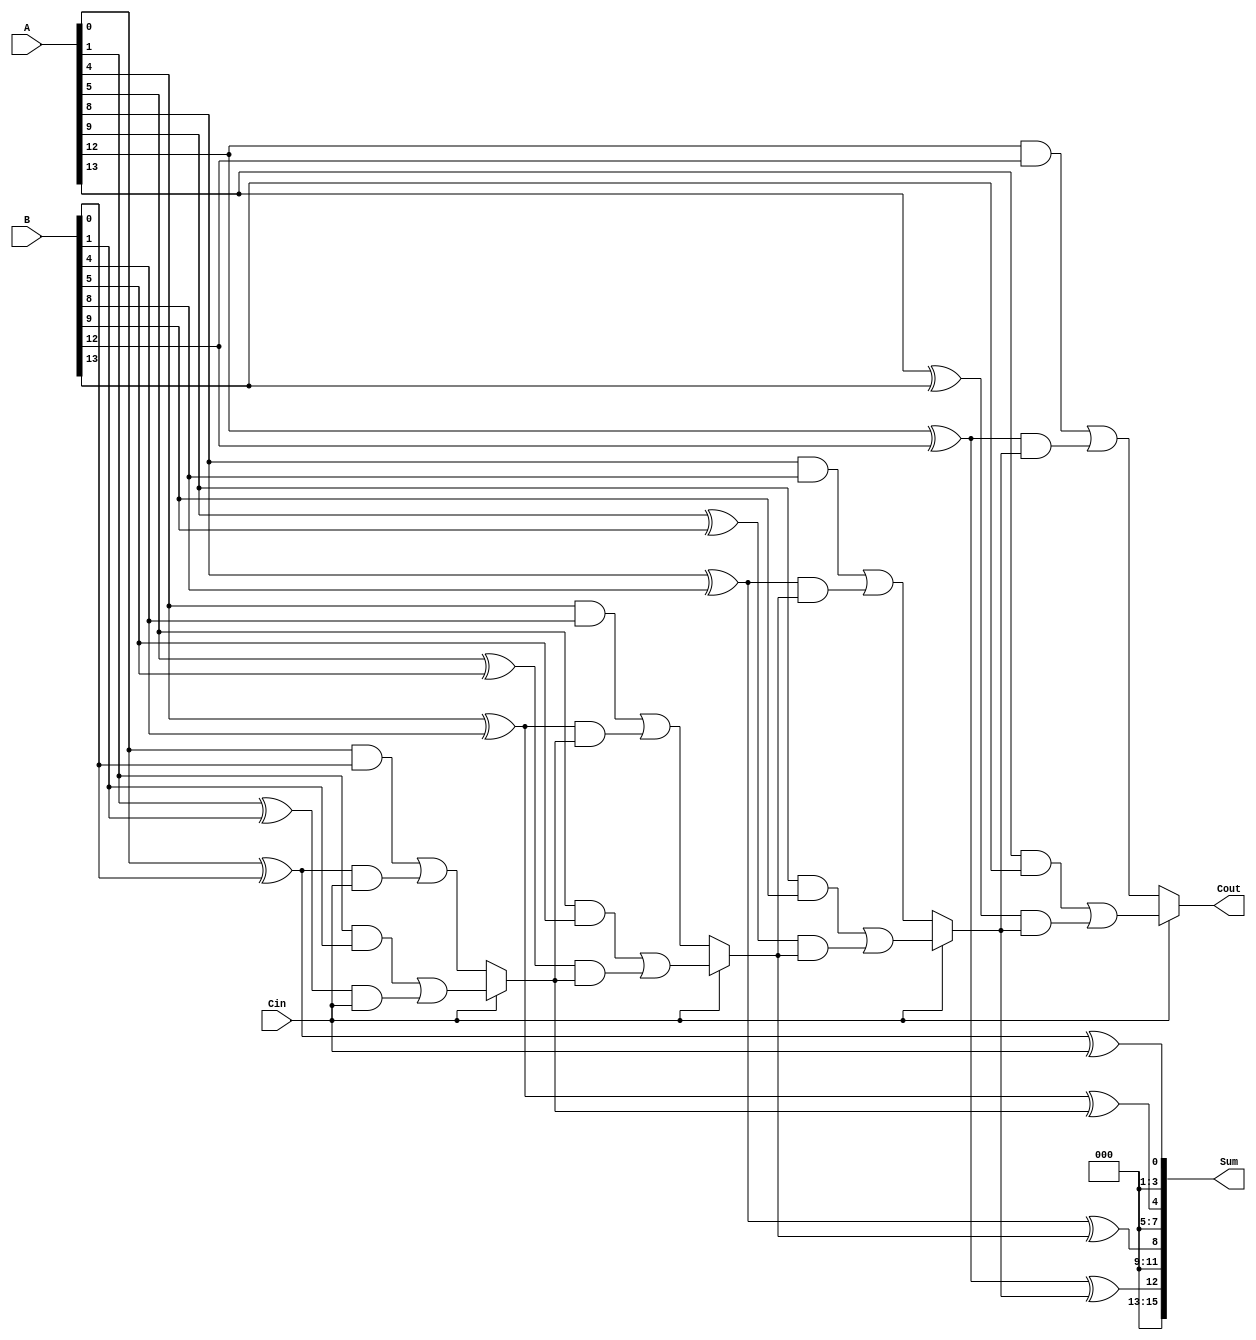
module ConditionalCarrySelectAdder #(
    parameter N = 16, // Total number of bits
    parameter M = 4    // Number of segments
) (
    input  [N-1:0] A,      // First n-bit input
    input  [N-1:0] B,      // Second n-bit input
    input  Cin,            // Carry-in
    output [N-1:0] Sum,    // Sum output
    output Cout            // Carry-out
);

    localparam K = N / M; // Number of bits per segment

    // Generate and Propagate signals
    wire [M-1:0] G [K-1:0]; // Generate signals for each segment
    wire [M-1:0] P [K-1:0]; // Propagate signals for each segment
    wire [M:0] C;           // Carry signals for each segment

    // Generate and Propagate calculations
    genvar i, j;
    generate
        for (i = 0; i < M; i = i + 1) begin : segment
            for (j = 0; j < K; j = j + 1) begin : bit
                assign G[j][i] = A[i*K + j] & B[i*K + j]; // Generate
                assign P[j][i] = A[i*K + j] ^ B[i*K + j]; // Propagate
            end
        end
    endgenerate

    // Carry calculations
    assign C[0] = Cin; // Initial carry-in
    generate
        for (i = 0; i < M; i = i + 1) begin : carry_calc
            wire C0, C1; // Carry when Cin = 0 and Cin = 1
            assign C0 = G[0][i] | (P[0][i] & C[i]); // C0 for segment i
            assign C1 = G[1][i] | (P[1][i] & C[i]); // C1 for segment i
            assign C[i + 1] = Cin ? C1 : C0; // Select carry based on Cin
        end
    endgenerate

    // Sum calculation
    generate
        for (i = 0; i < M; i = i + 1) begin : sum_calc
            wire [K-1:0] segment_sum;
            assign segment_sum = P[0][i] ^ C[i]; // Sum for segment i
            assign Sum[i*K +: K] = segment_sum; // Assign to Sum output
        end
    endgenerate

    // Final carry-out
    assign Cout = C[M];

endmodule